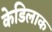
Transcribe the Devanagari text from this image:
केडिलाक